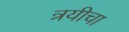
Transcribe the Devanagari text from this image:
त्रयीचा